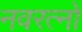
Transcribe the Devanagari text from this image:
नवरत्‍नों